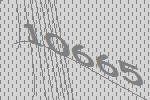
10665